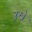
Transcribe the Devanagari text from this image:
ऱखे